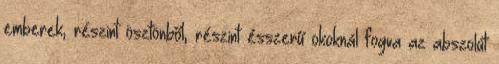
emberek, részint ösztönből, részint ésszerű okoknál fogva az abszolút